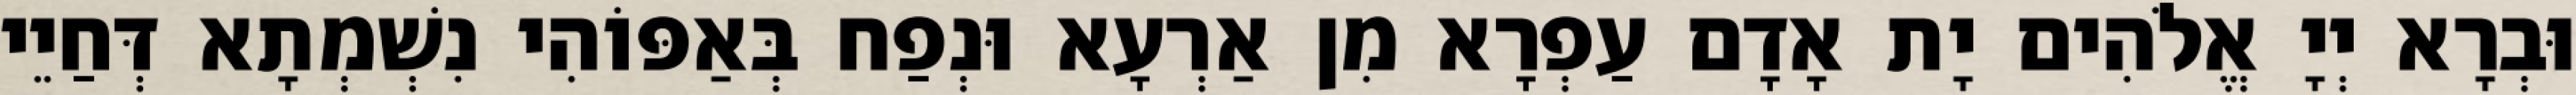
וּבְרָא יְיָ אֱלֹהִים יָת אָדָם עַפְרָא מִן אַרְעָא וּנְפַח בְּאַפּוֹהִי נִשְׁמְתָא דְּחַיֵי